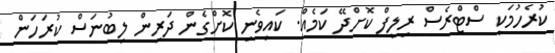
ކުރެހުމަކީ ސްޓްރެސް ރިލީފް ކޮށްދޭ ކަމެއް. ކައިވެނި ކޮށްގެން ދަރިން ލިބުނަސް ކުރަހަން